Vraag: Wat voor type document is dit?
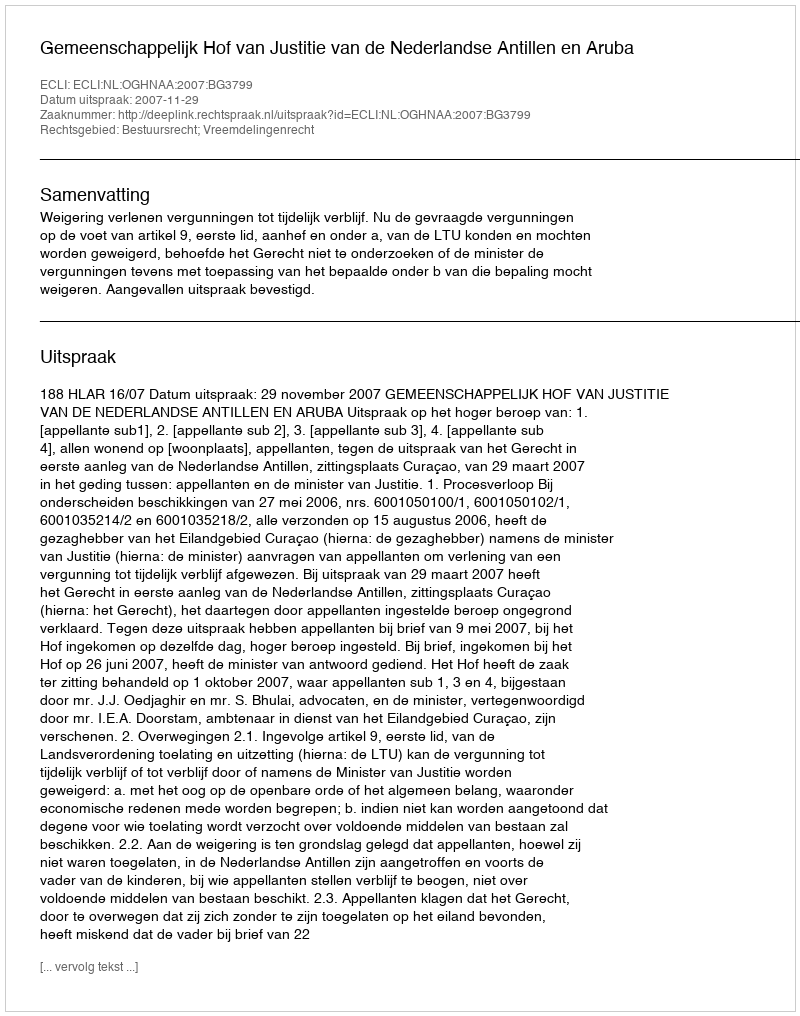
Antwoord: Uitspraak